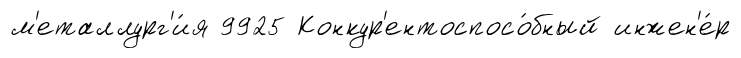
м'еталлург'и́я 9925 Конкур'ентоспосо́бный инжен'е́р